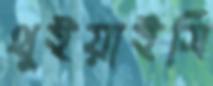
থুইয়াইসি